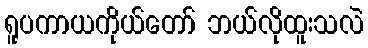
ရူပကာယကိုယ်တော် ဘယ်လိုထူးသလဲ